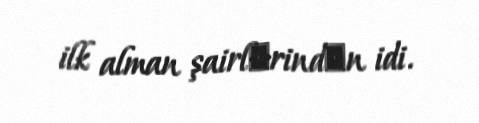
ilk alman şairlәrindәn idi.